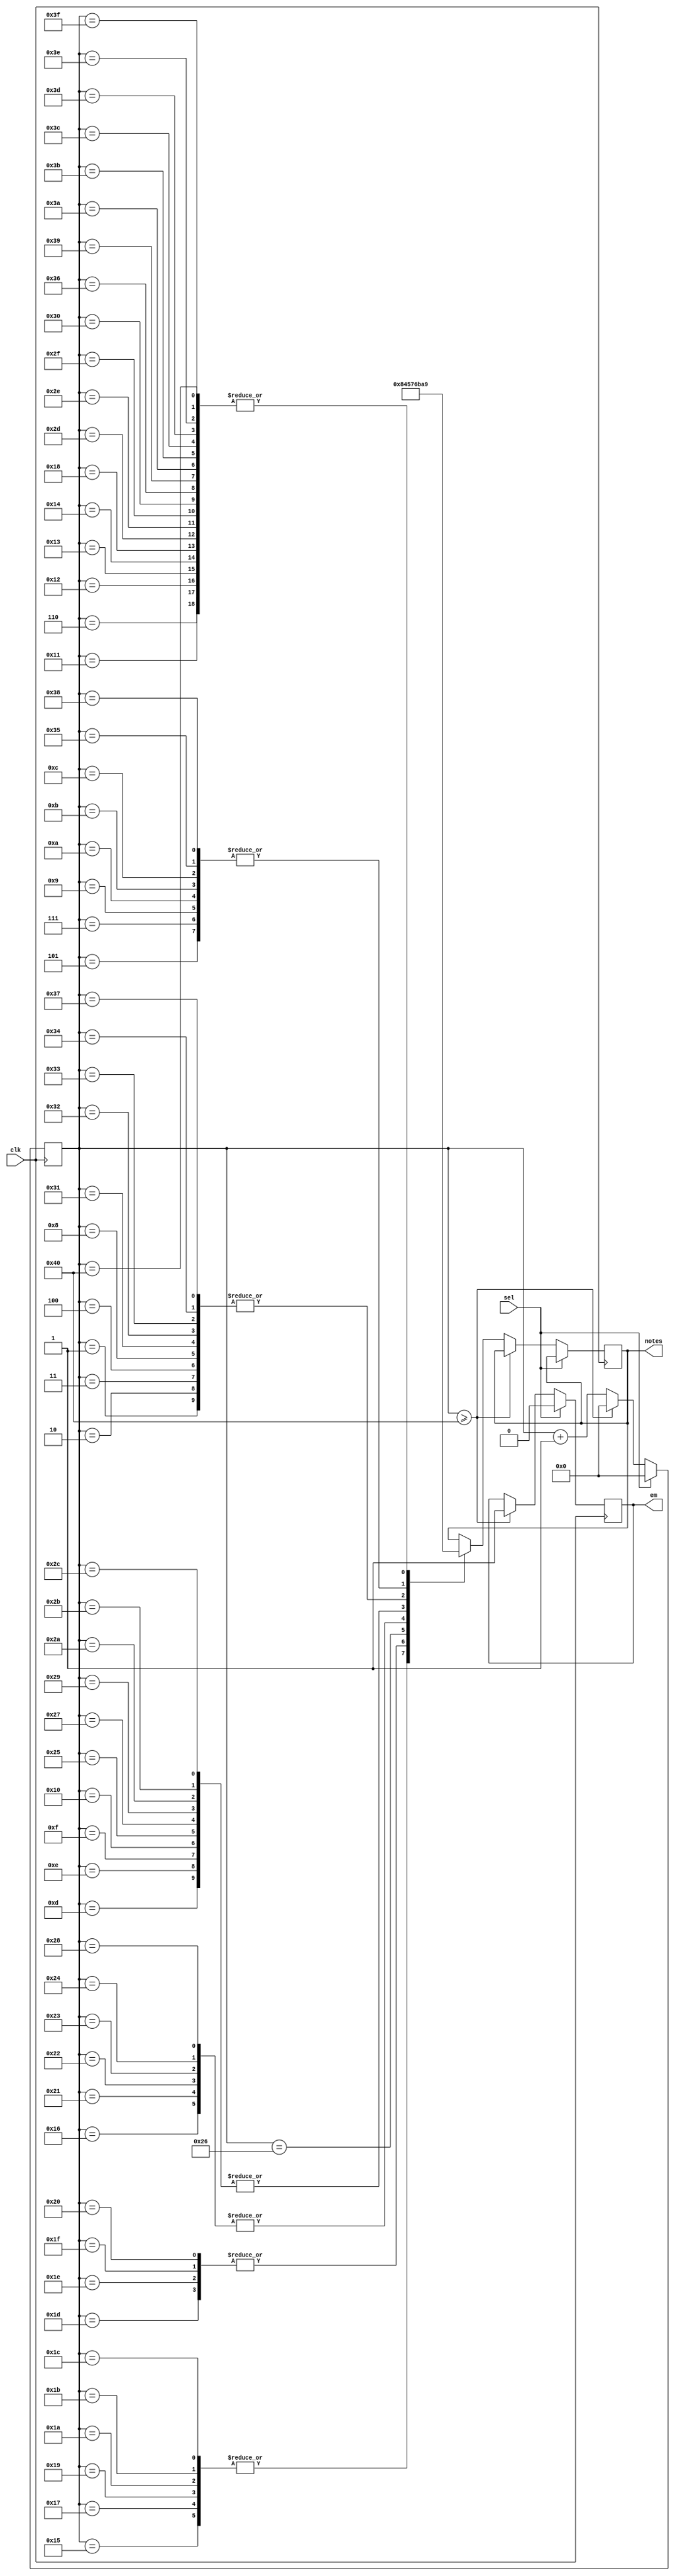
module music2 (clk, notes, sel, em);

input clk,sel;
output [3:0] notes;
reg [3:0] note; 
output reg em = 0; // end music
integer freq = 0;
integer a,b;
assign notes = note;

always@(posedge clk) begin
    if(sel == 1'b1) begin
      freq = 1'b0;
      em = 1'b0;
      end
    else if(freq >= 7'd64) begin
        freq = 0;
        em = 1'b1;
        end
    else begin
        case(freq)
            7'd001   : note =   4'd11;
            7'd002   : note =   4'd11;
            7'd003   : note =   4'd11;
            7'd004   : note =   4'd11;
            7'd005   : note =   4'd10;
            7'd006   : note =   4'd09;
            7'd007   : note =   4'd10;
            7'd008   : note =   4'd11;
            7'd009   : note =   4'd10;
            7'd010   : note =   4'd10;
            7'd011   : note =   4'd10;
            7'd012   : note =   4'd10;
            7'd013   : note =   4'd06;
            7'd014   : note =   4'd06;
            7'd015   : note =   4'd06;
            7'd016   : note =   4'd06;
            7'd017   : note =   4'd09;
            7'd018   : note =   4'd09;
            7'd019   : note =   4'd09;
            7'd020   : note =   4'd09;
            7'd021   : note =   4'd08;
            7'd022   : note =   4'd07;
            7'd023   : note =   4'd08;
            7'd024   : note =   4'd09;
            7'd025   : note =   4'd08;
            7'd026   : note =   4'd08;
            7'd027   : note =   4'd08;
            7'd028   : note =   4'd08;
            7'd029   : note =   4'd04;
            7'd030   : note =   4'd04;
            7'd031   : note =   4'd04;
            7'd032   : note =   4'd04;
            7'd033   : note =   4'd07;
            7'd034   : note =   4'd07;
            7'd035   : note =   4'd07;
            7'd036   : note =   4'd07;
            7'd037   : note =   4'd06;
            7'd038   : note =   4'd05;
            7'd039   : note =   4'd06;
            7'd040   : note =   4'd07;
            7'd041   : note =   4'd06;
            7'd042   : note =   4'd06;
            7'd043   : note =   4'd06;
            7'd044   : note =   4'd06;
            7'd045   : note =   4'd09;
            7'd046   : note =   4'd09;
            7'd047   : note =   4'd09;
            7'd048   : note =   4'd09;
            7'd049   : note =   4'd11;
            7'd050   : note =   4'd11;
            7'd051   : note =   4'd11;
            7'd052   : note =   4'd11;
            7'd053   : note =   4'd10;
            7'd054   : note =   4'd09;
            7'd055   : note =   4'd11;
            7'd056   : note =   4'd10;
            7'd057   : note =   4'd09;
            7'd058   : note =   4'd09;
            7'd059   : note =   4'd09;
            7'd060   : note =   4'd09;
            7'd061   : note =   4'd09;
            7'd062   : note =   4'd09;
            7'd063   : note =   4'd09;
            7'd064   : note =   4'd09;
        endcase
        freq <= freq + 1'b1;
    end


end
endmodule